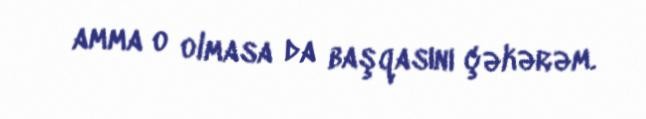
amma o olmasa da başqasını çəkərəm.